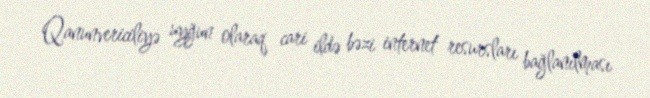
Qanunvericiliyə uyğun olaraq cari ildə bəzi internet resursları bağlanılması